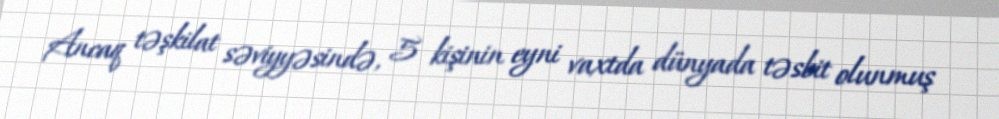
Ancaq təşkilat səviyyəsində, 5 kişinin eyni vaxtda dünyada təsbit olunmuş